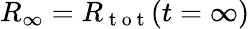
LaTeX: R_{\infty}=R_{\mathrm{~t~o~t~}}(t=\infty)